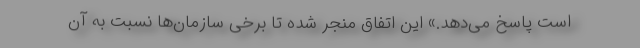
است پاسخ می‌دهد.» این اتفاق منجر شده تا برخی سازمان‌ها نسبت به آن